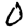
Digit: 0